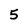
Character: 5